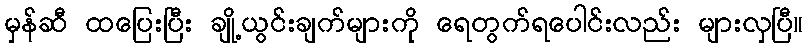
မှန်ဆီ ထပြေးပြီး ချို့ယွင်းချက်များကို ရေတွက်ရပေါင်းလည်း များလှပြီ။